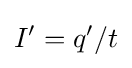
I^{\prime }=q^{\prime }/t